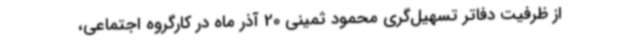
از ظرفیت دفاتر تسهیل‌گری محمود ثمینی 20 آذر ماه در کارگروه اجتماعی،